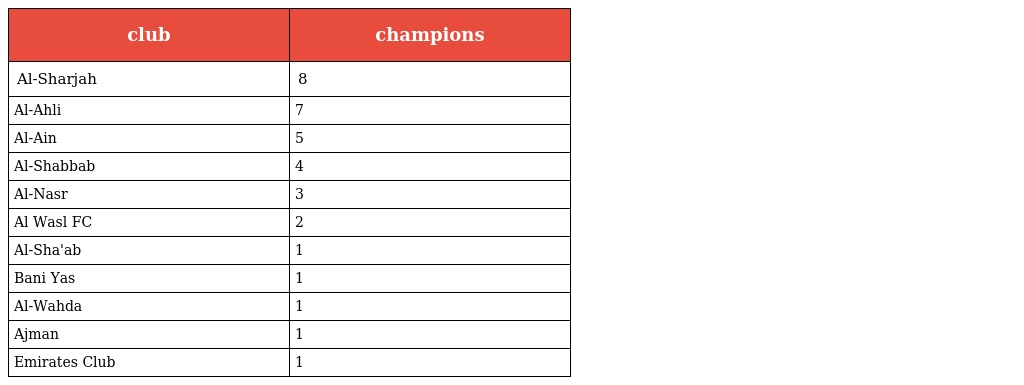
| club | champions |
 | --- | --- |
 | Al-Sharjah | 8 |
 | Al-Ahli | 7 |
 | Al-Ain | 5 |
 | Al-Shabbab | 4 |
 | Al-Nasr | 3 |
 | Al Wasl FC | 2 |
 | Al-Sha'ab | 1 |
 | Bani Yas | 1 |
 | Al-Wahda | 1 |
 | Ajman | 1 |
 | Emirates Club | 1 |